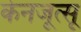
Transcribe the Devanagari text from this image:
केनजूत्सू